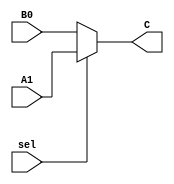
module mux2to1_8bit(
	input [7:0]A1, B0,
	input sel,
	output [7:0] C
	);
	assign C = sel ? A1 : B0;
endmodule